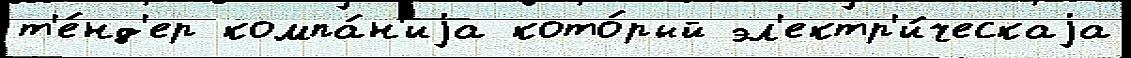
т'е́нд'ер компа́н'иjа кото́рый эл'ектр'и́ческаjа